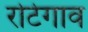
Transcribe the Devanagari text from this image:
रोटेगाव